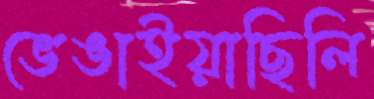
ভেঙাইয়াছিলি